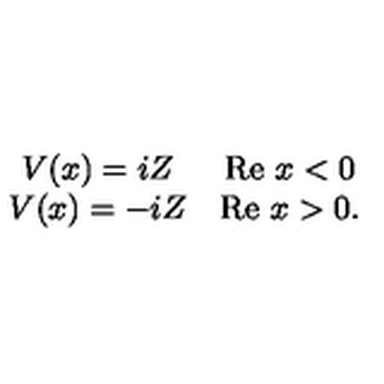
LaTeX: \begin{array} { c c } { V ( x ) = i Z } & { \mathrm { R e } \ x < 0 } \\ { V ( x ) = - i Z } & { \mathrm { R e } \ x > 0 . } \\ \end{array}